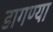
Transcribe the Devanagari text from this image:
डागण्या